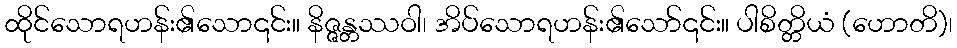
ထိုင်သောရဟန်း၏သော၎င်း။ နိဇ္ဇန္တဿဝါ၊ အိပ်သောရဟန်း၏သော်၎င်း။ ပါစိတ္တိယံ (ဟောတိ)၊